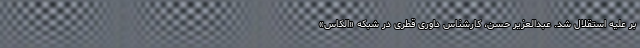
بر علیه استقلال شد. عبدالعزیر حسن، کارشناس داوری قطری در شبکه «الکاس»